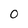
Character: o